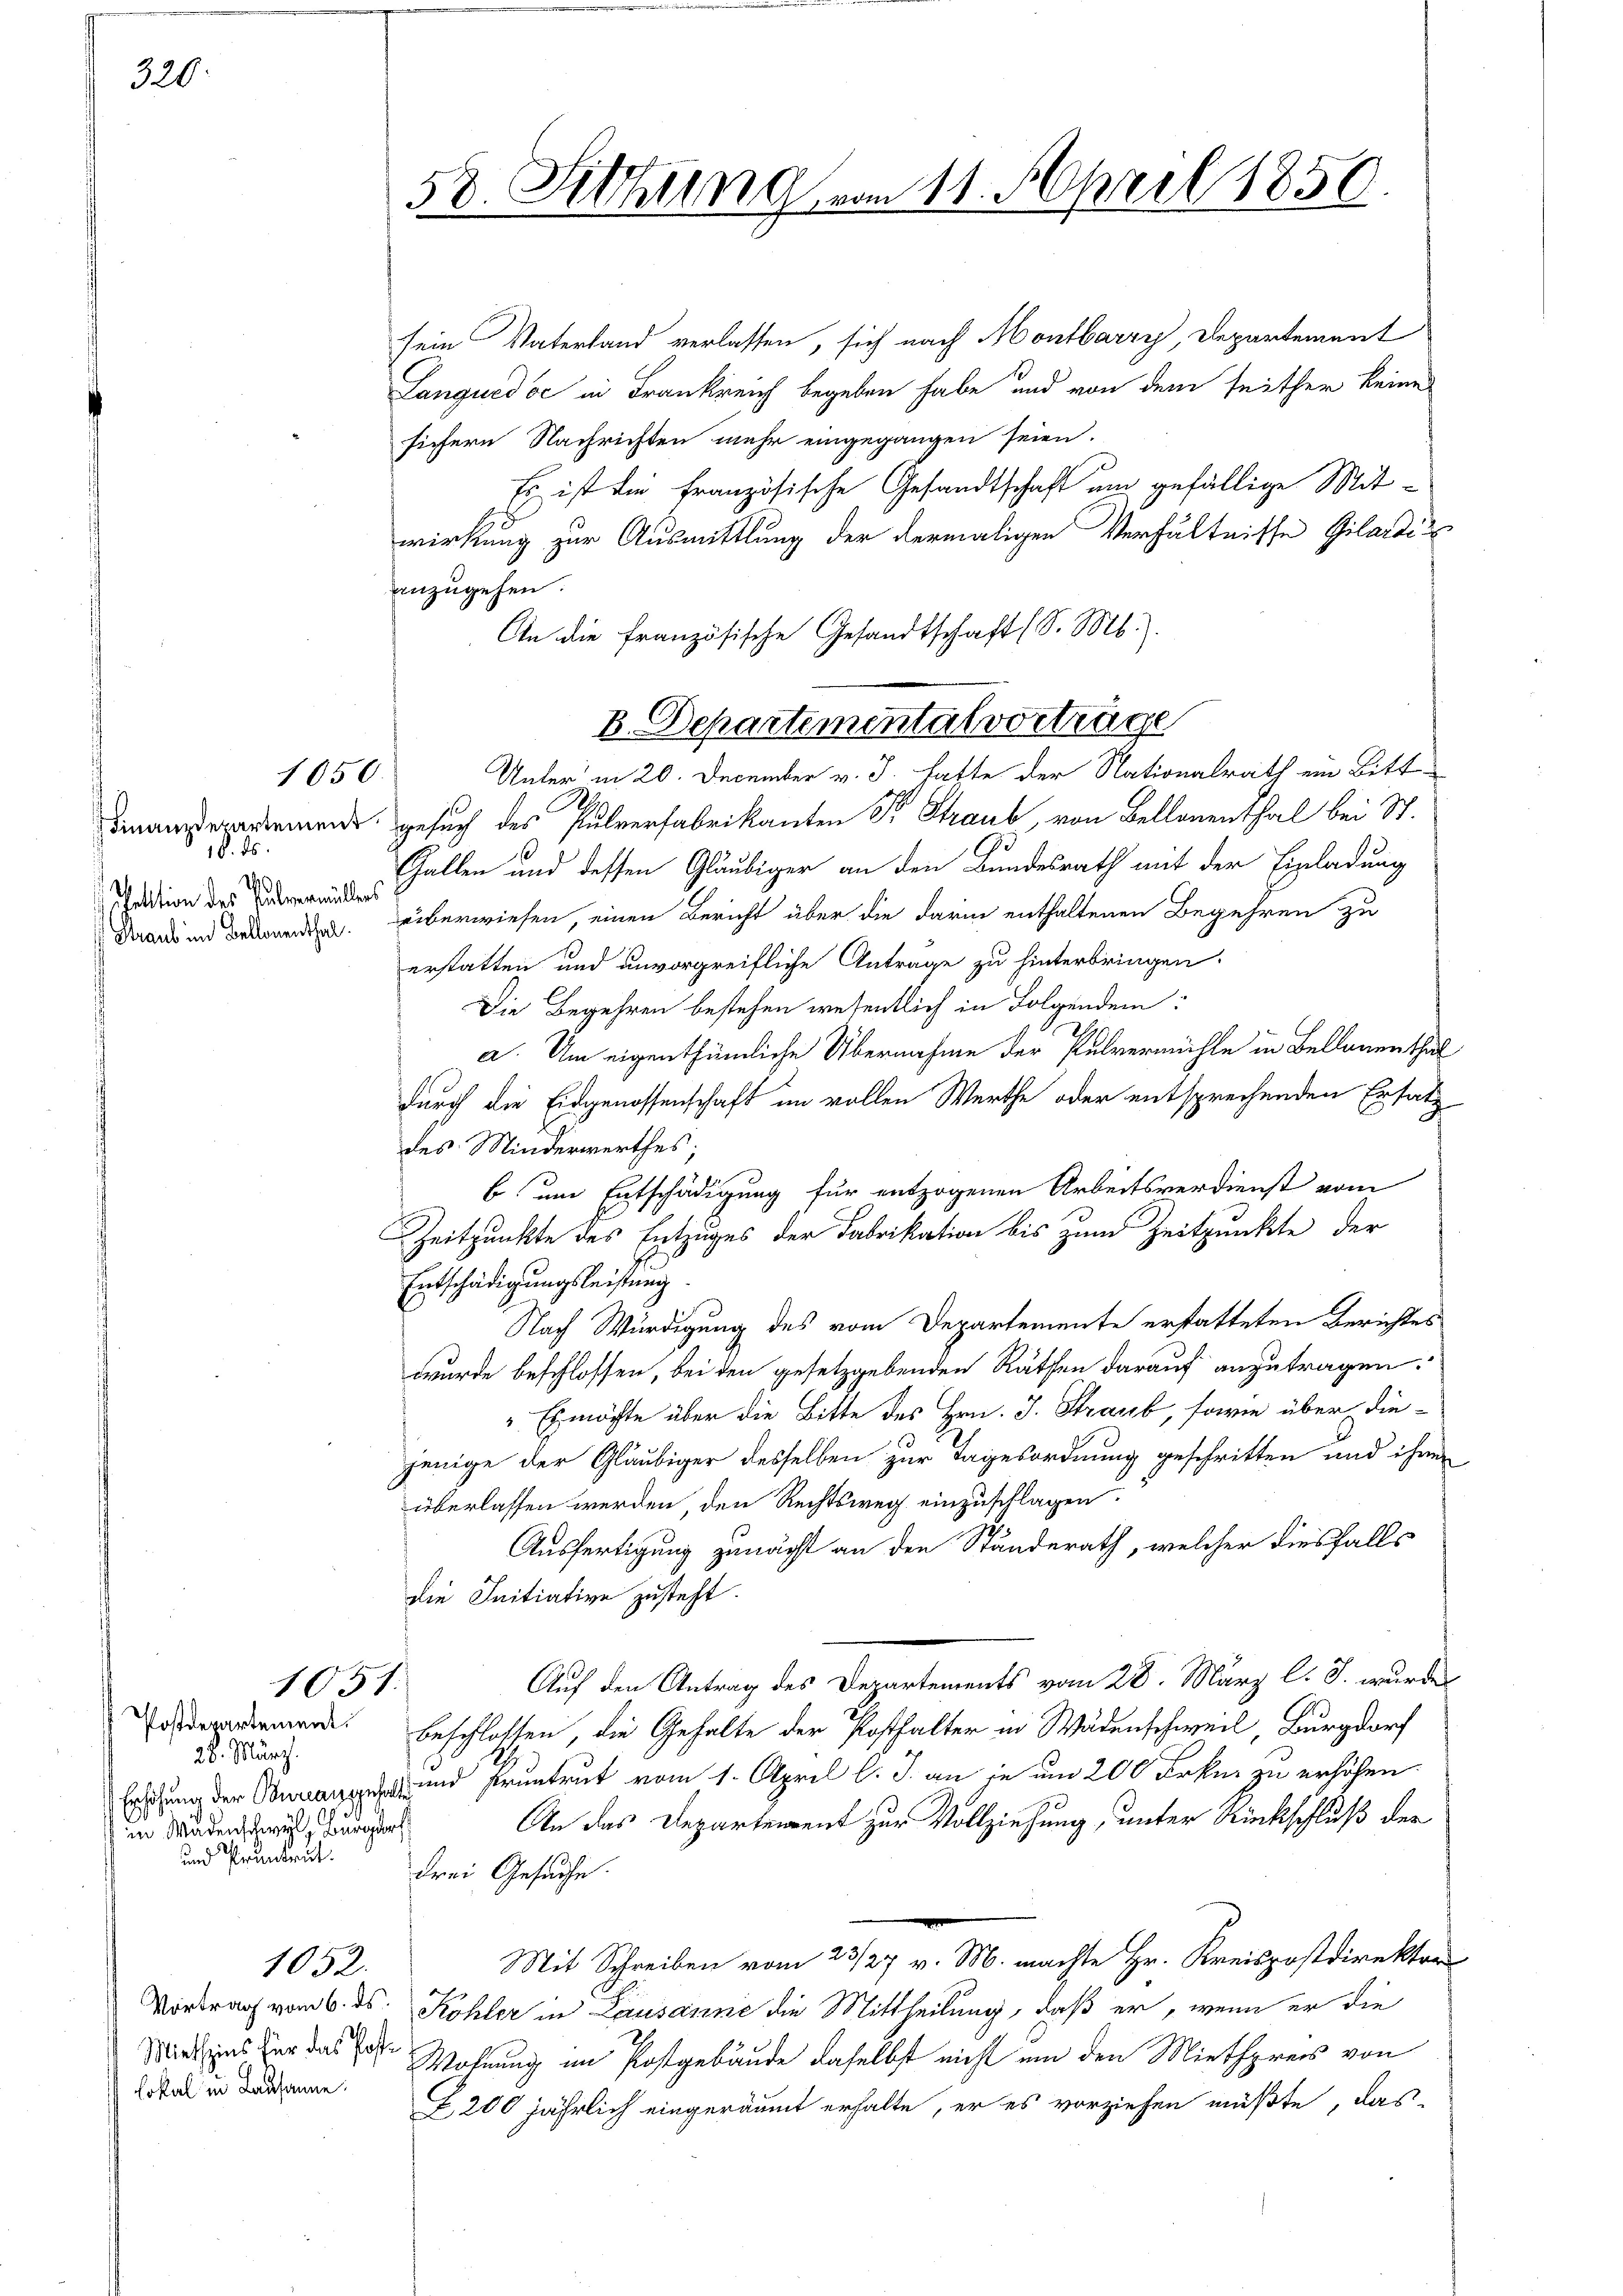
320

1050.

18. ds.
W
fektion des Pulvermüllers

1051.

Postdepartement.
26. März.
6
u
in Wädenschwyl, Burgdorf
und Pruntrut.

Lokal in Lausanne.

1052.

58. Sitzung vom 11. April 1850.

B. Departemental vorträge

sein Vaterland verlassen, sich nach Montbarry, Departement
Lanquedoć in Frankreich begeben habe und von dem seither keine
sichern Nachrichten mehr eingegangen seien.
Es ist die französische Gesandtschaft um gefällige Mitwirkung zur Ausmittlung der dermaligen Verhältnisse Gilardi
anzugehen.
An die französische Gesandtschaft (S. M.).
Unter in 20. December v. J. hatte der Nationalrath ein Bitt¬
Dinaus werdemandes Gesuch des Pulverfabrikanten Dr Straub, von Bellenenthal bei St.
Gallen und dessen Gläubiger an den Bundesrath mit der Einladung
Daraus in Beden überwiesen, einen Bericht über die darin enthaltenen Begehren zu
erstatten und unvorgreifliche Antrage zu hinterbringen.
Die Begehren bestehen wesentlich in Folgendem:
a. Um eigenthümliche Übernahme der Pulvermühle in Bellanenthal
durch die Eidgenossenschaft im vollen Werthe oder entsprechenden Ersatz
des Minderwerthes;
b um Entschädigung für entzogenen Arbeitsverdienst vom
Zeitpunkte des Entzuges der Fabrikation bis zum Zeitpunkte der
Entschädigungsleistung
Nach Würdigung des vom Departemente erstatteten Berichtes
wurde beschlossen, bei den gesetzgebenden Räthen darauf anzutragen.
" Es möchte über die Bitte des Hrn. J. Straub, sowie über diejenige der Gläubiger desselben zur Tagesordnung geschritten und ihren
überlassen werden, den Rechtsweg einzuschlagen.
Ausfertigung zunächt an den Stunderath, welcher diesfalls
die Initiative zusteht.
Auf den Antrag des Departements vom 28. März l. J. wurden
beschlossen, die Gehalte der Posthalter in Wädenschweil, Burgdorf
r der und Pruntrut vom 1. April l. J. an je um 200 Frkn. zu erhöhen.
An das Departement zur Vollziehung, unter Rückschluß der
drei Gesuche.
Mit Schreiben vom 23/27 v. M. machte Hr. Kreispostdirektor
Vortrag vom 6. ds. Kohler in Lausanne die Mittheilung, daß er, wenn er die
Mitins der das Wohnung im Postgebäude daselbst nicht um den Miethpreis von
Z 200 jährlich eingeräumt erhalte, er es vorziehen müßte, das